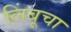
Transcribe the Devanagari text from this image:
लिंबूचा